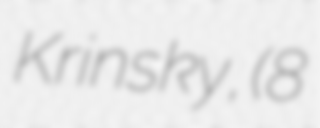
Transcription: Krinsky, (8